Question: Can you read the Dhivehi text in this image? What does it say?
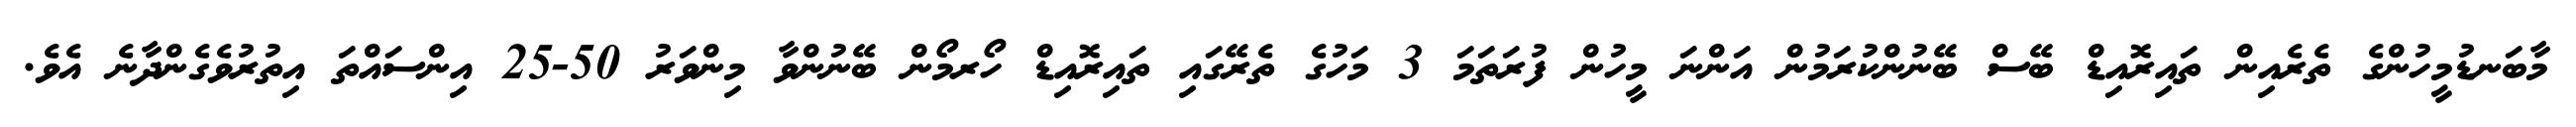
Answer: މާބަނޑުމީހުންގެ ތެރެއިން ތައިރޮއިޑް ބޭސް ބޭނުންކުރަމުން އަންނަ މީހުން ފުރަތަމަ 3 މަހުގެ ތެރޭގައި ތައިރޮއިޑް ހޯރމޯން ބޭނުންވާ މިންވަރު 50-25 އިންސައްތަ އިތުރުވެގެންދާނެ އެވެ.